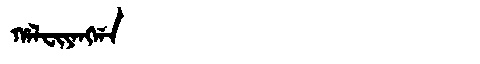
Manchu: ᡥᠠᠯᠸᡳᠶᠠᠩᡤᠠ
Romanization: HALFIYANGGA